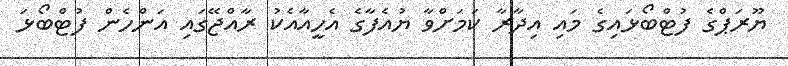
ޔޫރަޕްގެ ފުޓްބޯޅައިގެ މައި އިދާރާ ކަމަށްވާ ޔުއެފާގެ އެހީއާއެކު ރާއްޖޭގައި އަންހެން ފުޓްބޯޅަ